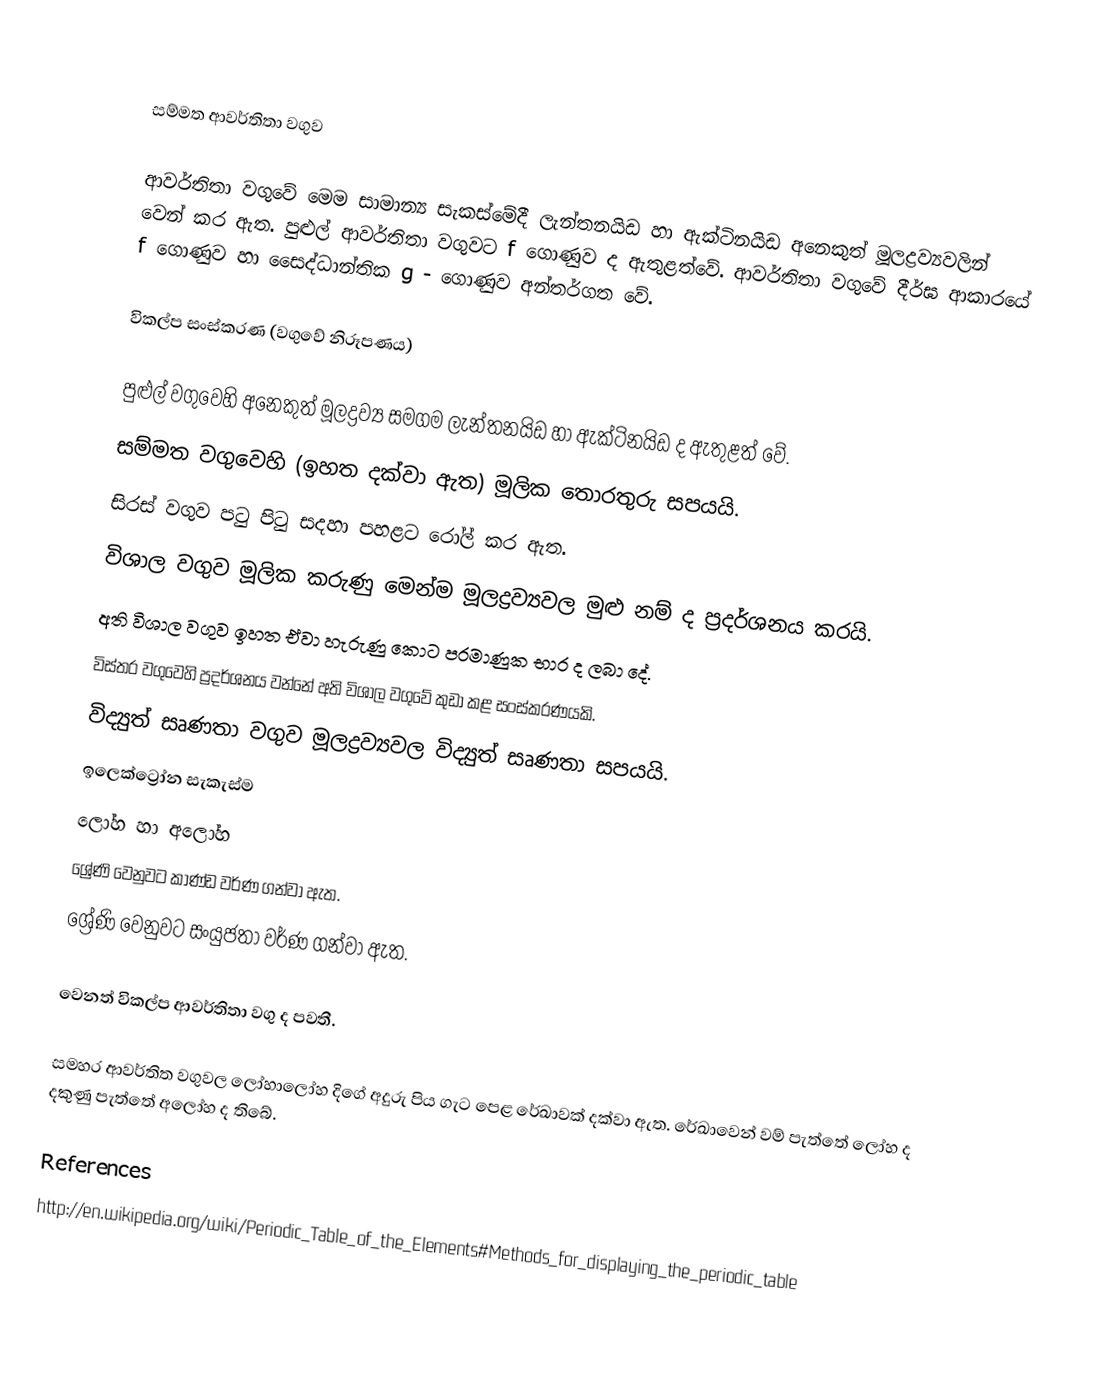

සම්මත ආවර්තිතා වගුව

ආවර්තිතා වගුවේ මෙම සාමාන්‍ය සැකස්මේදී ලැන්තනයිඩ හා ඇක්ටිනයිඩ අනෙකුත් මූලද්‍රව්‍යවලින් වෙන් කර ඇත. පුළුල් ආවර්තිතා වගුවට f  ගොණුව ද ඇතුළත්වේ. ආවර්තිතා වගුවේ දීර්ඝ ආකාරයේ f  ගොණුව හා සෛද්ධාන්තික  g - ගොණුව අන්තර්ගත වේ.

විකල්ප සංස්කරණ (වගුවේ නිරූපණය)

	පුළුල් වගුවෙහි අනෙකුත් මූලද්‍රව්‍ය සමගම ලැන්තනයිඩ  හා ඇක්ටිනයිඩ ද ඇතුළත් වේ.
	සම්මත වගුවෙහි (ඉහත දක්වා ඇත) මූලික තොරතුරු සපයයි.
	සිරස් වගුව  පටු පිටු සදහා  පහළට රෝල් කර ඇත.
	විශාල වගුව මූලික කරුණු මෙන්ම මූලද්‍රව්‍යවල මුළු නම් ද ප්‍රදර්ශනය කරයි.
	අති විශාල වගුව ඉහත ඒවා හැරුණු කොට පරමාණුක භාර ද ලබා දේ.
	විස්තර වගුවෙහි ප්‍රදර්ශනය වන්නේ අති විශාල වගුවේ කුඩා කළ සංස්කරණයකි.
	විද්‍යුත් සෘණතා වගුව මූලද්‍රව්‍යවල විද්‍යුත් සෘණතා සපයයි.
	ඉලෙක්ට්‍රෝන සැකැස්ම
	ලෝහ හා අලෝහ
	ශ්‍රේණි වෙනුවට කාණ්ඩ වර්ණ ගන්වා ඇත.
	ශ්‍රේණි වෙනුවට සංයුජතා වර්ණ ගන්වා ඇත.

වෙනත් විකල්ප ආවර්තිතා වගු ද පවතී.

සමහර ආවර්තිත වගුවල ලෝහාලෝහ දිගේ අදුරු පිය ගැට පෙළ රේඛාවක් දක්වා ඇත. රේඛාවෙන් වම් පැත්තේ ලෝහ ද දකුණු පැත්තේ අලෝහ ද තිබේ.

References
http://en.wikipedia.org/wiki/Periodic_Table_of_the_Elements#Methods_for_displaying_the_periodic_table